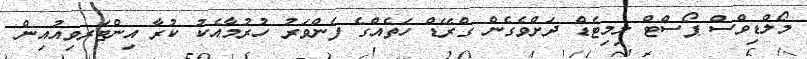
މޯލްޑިވްސް ޕޯސްޓް ލިމިޓެޑް ދަށްވެގެން ގްރޭޑް ހަތެއްގެ ފެންވަރު ހުރުމާއެކު ކުރާ އިންޓަރވިއުއިން